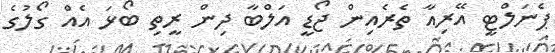
ޕެނަލްޓީ އޭރިއާ ތެރެއިން ޖޯޑީ އަލްބާ ދިން ރީތި ބޯޅަ އެއް ގޯލުގެ